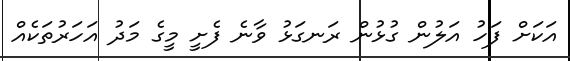
އަކަށް ފަހު އަލުން ގުޅުން ރަނގަޅު ވާނެ ފެށީ މީގެ މަދު އަހަރުތަކެއް